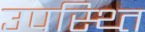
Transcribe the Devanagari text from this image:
उपस्थ्ति